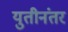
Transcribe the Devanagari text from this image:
युतीनंतर